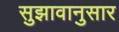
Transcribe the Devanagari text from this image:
सुझावानुसार